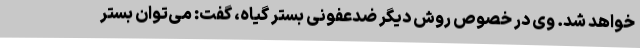
خواهد شد. وی در خصوص روش دیگر ضدعفونی بستر گیاه، گفت: می‌توان بستر